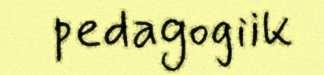
pedagogiik